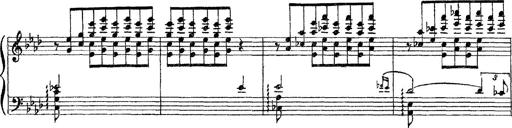
Title: 3 sonetti di Petrarca
Composer: Franz Liszt